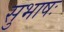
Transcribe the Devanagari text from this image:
सुभाषः